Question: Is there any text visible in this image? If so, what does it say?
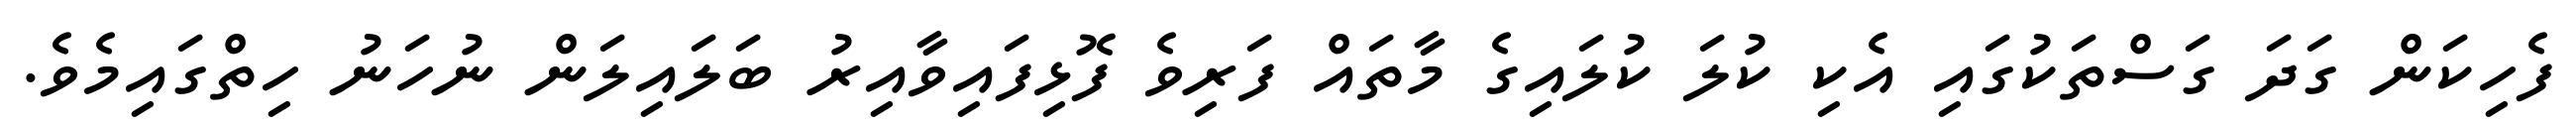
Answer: ފެހިކަން ގަދަ ގަސްތަކުގައި އެކި ކުލަ ކުލައިގެ މާތައް ފަރިވެ ފޮޅިފައިވާއިރު ބަލައިލަން ނުހަނު ހިތްގައިމެވެ.